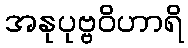
အနုပုဗ္ဗဝိဟာရိ